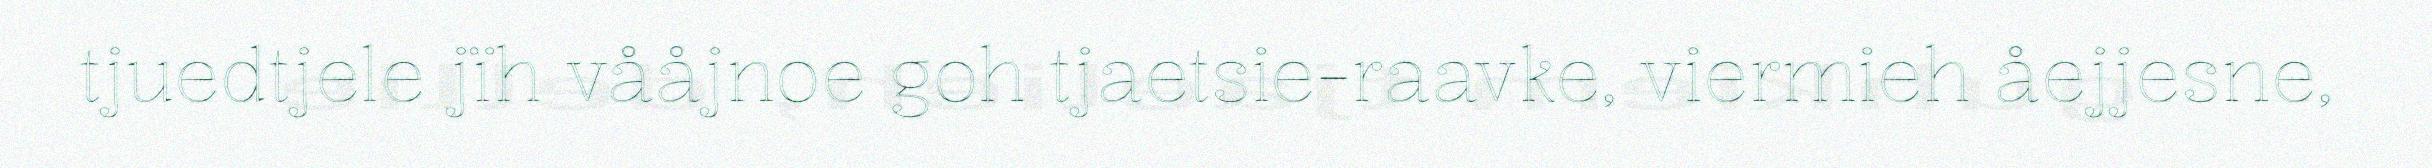
tjuedtjele jïh vååjnoe goh tjaetsie-raavke, viermieh åejjesne,